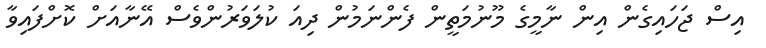
އިސް ޖަހައިގެން އިން ނާމީގެ މޫނުމަތީން ފެންނަމުން ދިއަ ކުލަވަރުންވެސް އޭނާއަށް ކޮށްފައިވާ